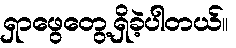
ရှာဖွေတွေ့ရှိခဲ့ပါတယ်။